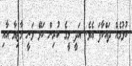
ކުޅުމެއް ދައްކާފަ އެވެ. އަދީ މީގެ ކުރިން ކަޅޭ ވަނީ މާޒިޔާ އާއި